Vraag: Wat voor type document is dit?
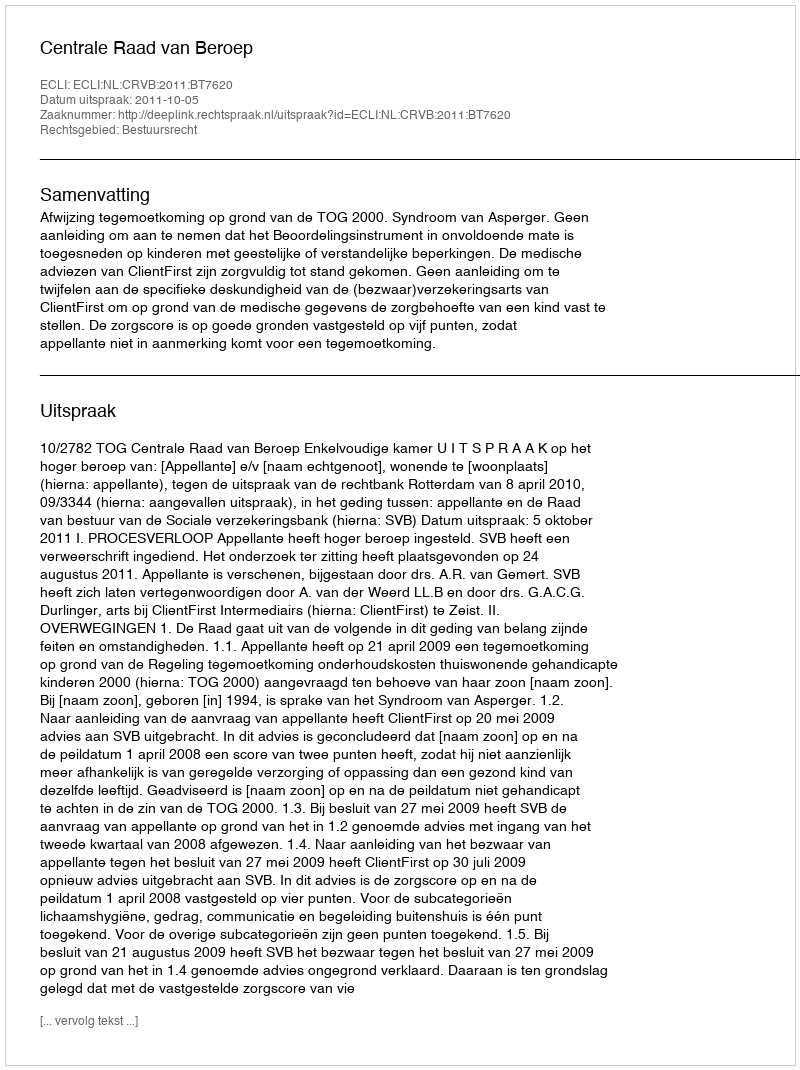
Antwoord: Uitspraak